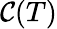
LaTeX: \mathcal{C}(T)